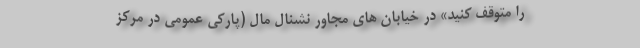
را متوقف کنید» در خیابان های مجاور نشنال مال (پارکی عمومی در مرکز